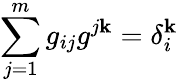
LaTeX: \sum_{j=1}^{m}g_{ij}g^{j\mathbf{k}}=\delta_{i}^{\mathbf{k}}